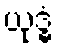
ယုဒ္ဓံ